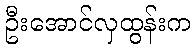
ဦးအောင်လှထွန်းက